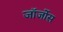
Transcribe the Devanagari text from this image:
जॉर्जोस